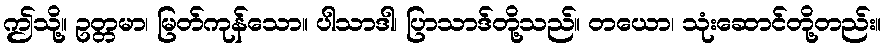
ဤသို့။ ဥတ္တမာ၊ မြတ်ကုန်သော။ ပါသာဒါ၊ ပြာသာဒ်တို့သည်။ တယော၊ သုံးဆောင်တို့တည်း။